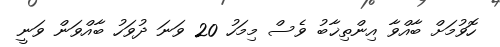
ހޮވުމަށް ބާއްވާ އިންތިޚާބު ވެސް މިމަހު 20 ވަނަ ދުވަހު ބާއްވަން ވަނީ